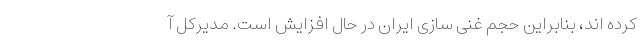
کرده اند، بنابراین حجم غنی سازی ایران در حال افزایش است. مدیرکل آ